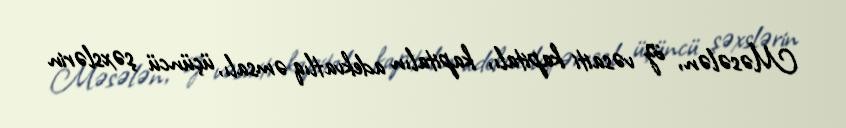
Məsələn, öz vəsaiti kapitalı, kapitalın adekvatlıq əmsalı, üçüncü şəxslərin